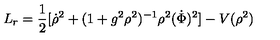
L _ { r } = \frac { 1 } { 2 } [ \dot { \rho } ^ { 2 } + ( 1 + g ^ { 2 } \rho ^ { 2 } ) ^ { - 1 } \rho ^ { 2 } ( \dot { \Phi } ) ^ { 2 } ] - V ( \rho ^ { 2 } )